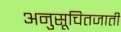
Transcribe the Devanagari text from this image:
अनुसूचितजाती